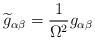
LaTeX: \begin{align*}\widetilde{g}_{\alpha\beta}=\frac{1}{\Omega^{2}}g_{\alpha\beta}\end{align*}